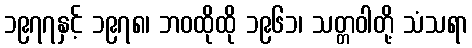
၁၉၇၇နှင့် ၁၉၇၈၊ ဘဝထိုထို ၁၉၆၁၊ သတ္တဝါတို့ သံသရာ